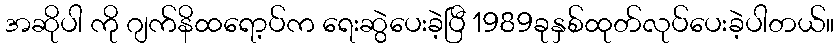
အဆိုပါ ကို ဂျက်နိထရော့ပ်က ရေးဆွဲပေးခဲ့ပြီ 1989ခုနှစ်ထုတ်လုပ်ပေးခဲ့ပါတယ်။